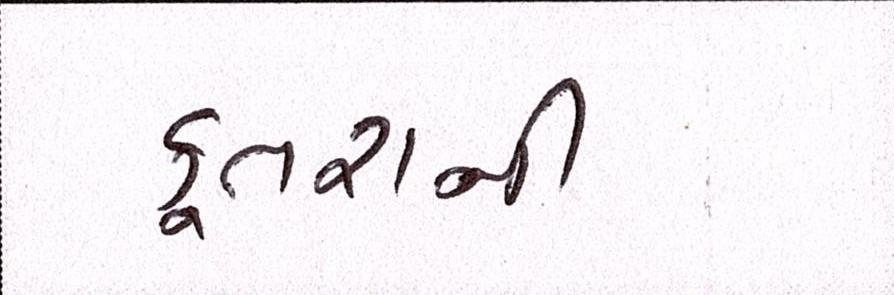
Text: કૂતરાની